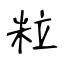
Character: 粒